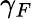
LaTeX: \gamma_{F}